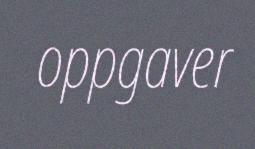
oppgaver